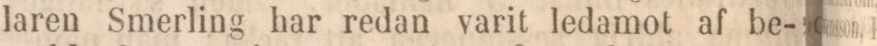
laren Smerling har redan varit ledamot af be-